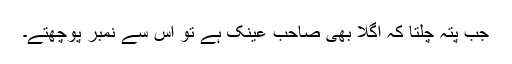
جب پتہ چلتا کہ اگلا بھی صاحبِ عینک ہے تو اس سے نمبر پوچھتے۔